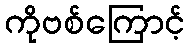
ကိုဗစ်ကြောင့်